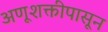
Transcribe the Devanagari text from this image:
अणूशक्तीपासून